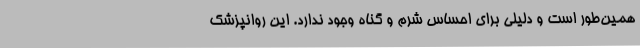
همین‌طور است و دلیلی برای احساس شرم و گناه وجود ندارد. این روانپزشک